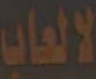
لالعاب